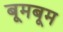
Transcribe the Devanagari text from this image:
बूमबूम